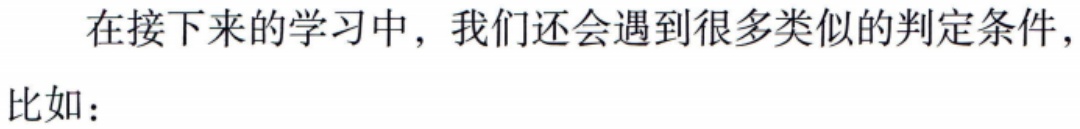
在接下来的学习中，我们还会遇到很多类似的判定条件，

比如：